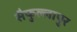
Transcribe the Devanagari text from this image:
सैफुल्लापुर